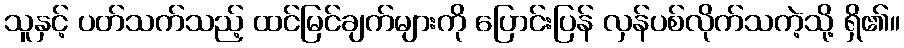
သူနှင့် ပတ်သက်သည့် ထင်မြင်ချက်များကို ပြောင်းပြန် လှန်ပစ်လိုက်သကဲ့သို့ ရှိ၏။